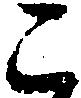
こ